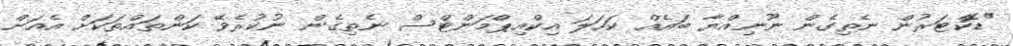
"ޑޮކްޓަރުން ނެތިގެން ނޫނިއްޔާ ބައެއް ކަހަލަ އިކްއިޕްމަންޓްސް ނެތިގެން ނުކުރެވޭ ކަންތައްތަކަށް އެއަށް